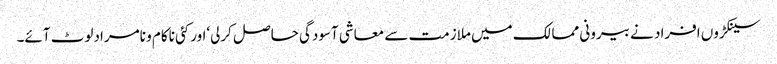
سینکڑوں افراد نے بیرونی ممالک میں ملازمت سے معاشی آسودگی حاصل کرلی‘اورکئی ناکام و نامرادلوٹ آئے۔